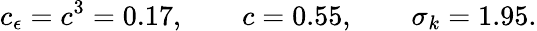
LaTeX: c_{\epsilon}=c^{3}=0.17,\qquad c=0.55,\qquad\sigma_{k}=1.95.